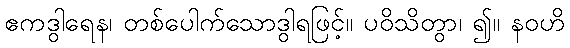
ဧကဒွါရေန၊ တစ်ပေါက်သောဒွါရဖြင့်။ ပဝိသိတွာ၊ ၍။ နဝဟိ